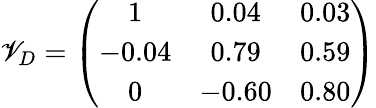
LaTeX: \mathscr{V}_{D}=\left(\begin{array}{ccc}{{1}}&{{0.04}}&{{0.03}}\\ {{-0.04}}&{{0.79}}&{{0.59}}\\ {{0}}&{{-0.60}}&{{0.80}}\end{array}\right)